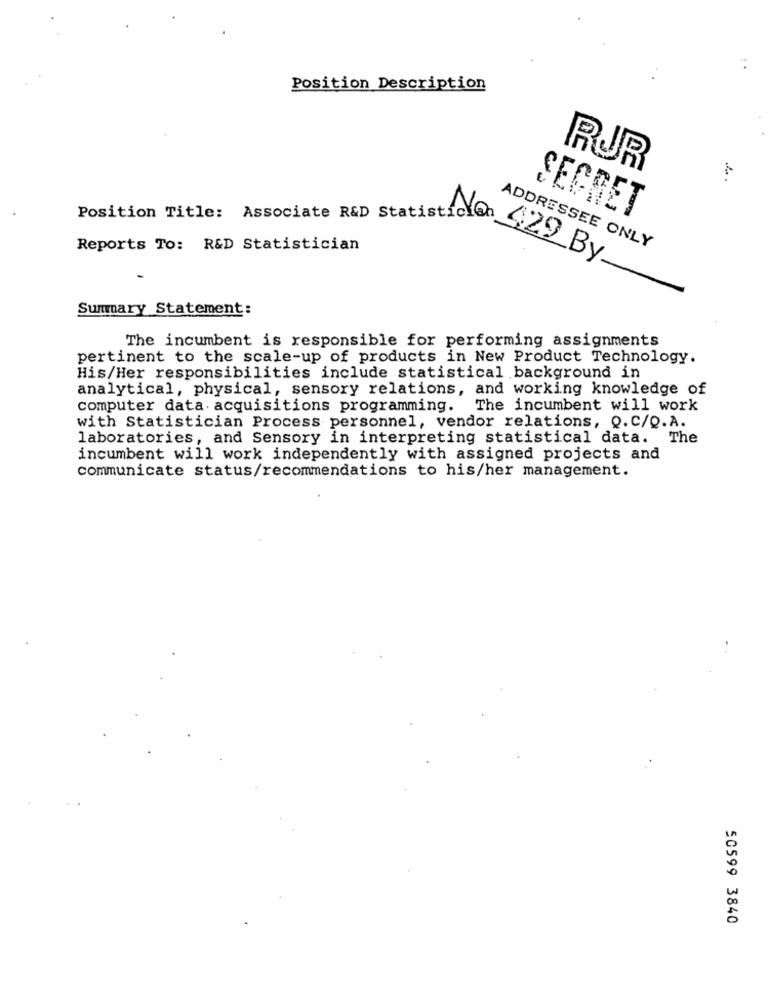
Position Description
RUR
SECRET
Position Title: Associate R&D Statistic
Reports To: R&D Statistician
ADDRESSEE ONLY
No .29 By.
Summary Statement:
The incumbent is responsible for performing assignments
pertinent to the scale-up of products in New Product Technology.
His/Her responsibilities include statistical background in
analytical, physical, sensory relations, and working knowledge of
computer data acquisitions programming. The incumbent will work
with Statistician Process personnel, vendor relations, Q.C/Q.A.
laboratories, and Sensory in interpreting statistical data. The
incumbent will work independently with assigned projects and
communicate status/recommendations to his/her management.
50599 3840